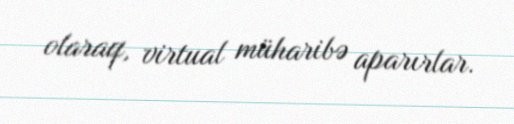
olaraq, virtual müharibə aparırlar.